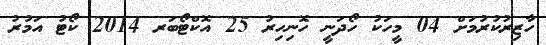
ހާޒިރުކުރުމަށް 04 މީހަކު ހޯދަނީ ހޮނިހިރު 25 އޮކްޓޯބަރ 2014 ކޯޓު އަމުރު